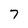
Character: 7